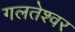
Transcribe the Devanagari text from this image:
गलतेश्वर